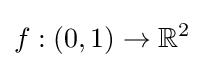
f:(0,1)\to \mathbb {R} ^{2}